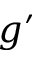
g ^ { \prime }